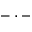
- \cdot -